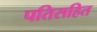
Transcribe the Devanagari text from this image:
पतिसहित